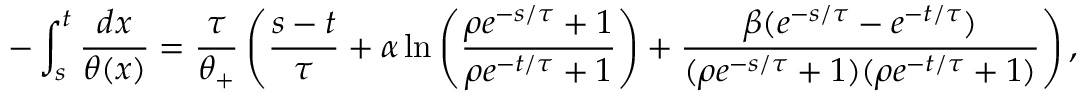
- \int _ { s } ^ { t } \frac { d x } { \theta ( x ) } = \frac { \tau } { \theta _ { + } } \left( \frac { s - t } { \tau } + \alpha \ln \left( \frac { \rho e ^ { - s / \tau } + 1 } { \rho e ^ { - t / \tau } + 1 } \right) + \frac { \beta ( e ^ { - s / \tau } - e ^ { - t / \tau } ) } { ( \rho e ^ { - s / \tau } + 1 ) ( \rho e ^ { - t / \tau } + 1 ) } \right) ,